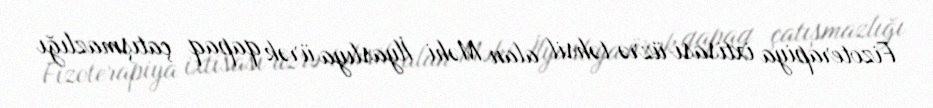
Fizoterapiya ixtisası üzrə təhsil alan Məhi İlyaslıya ürək qapaq çatışmazlığı